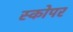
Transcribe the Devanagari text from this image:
स्कोपर